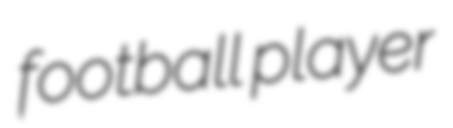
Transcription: football player